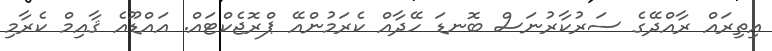
އިތިރައް ރާއްދޭގެ ސަރުކާރުނަސް ބޮނޑަ ހޭދާއް ކެރަމުންއޭ ޕްރޮޖެކްޓައް. އައްޑޫއެ ޤާއިމް ކެރާމި